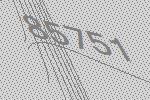
85751